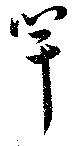
竿